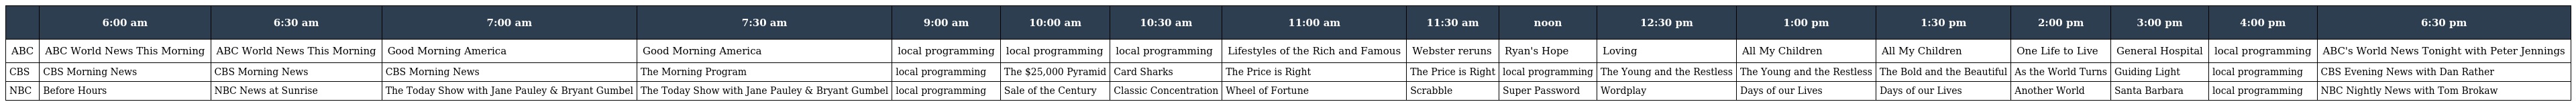
|  | 6:00 am | 6:30 am | 7:00 am | 7:30 am | 9:00 am | 10:00 am | 10:30 am | 11:00 am | 11:30 am | noon | 12:30 pm | 1:00 pm | 1:30 pm | 2:00 pm | 3:00 pm | 4:00 pm | 6:30 pm |
 | --- | --- | --- | --- | --- | --- | --- | --- | --- | --- | --- | --- | --- | --- | --- | --- | --- | --- |
 | ABC | ABC World News This Morning | ABC World News This Morning | Good Morning America | Good Morning America | local programming | local programming | local programming | Lifestyles of the Rich and Famous | Webster reruns | Ryan's Hope | Loving | All My Children | All My Children | One Life to Live | General Hospital | local programming | ABC's World News Tonight with Peter Jennings |
 | CBS | CBS Morning News | CBS Morning News | CBS Morning News | The Morning Program | local programming | The $25,000 Pyramid | Card Sharks | The Price is Right | The Price is Right | local programming | The Young and the Restless | The Young and the Restless | The Bold and the Beautiful | As the World Turns | Guiding Light | local programming | CBS Evening News with Dan Rather |
 | NBC | Before Hours | NBC News at Sunrise | The Today Show with Jane Pauley & Bryant Gumbel | The Today Show with Jane Pauley & Bryant Gumbel | local programming | Sale of the Century | Classic Concentration | Wheel of Fortune | Scrabble | Super Password | Wordplay | Days of our Lives | Days of our Lives | Another World | Santa Barbara | local programming | NBC Nightly News with Tom Brokaw |